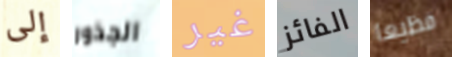
إلى الجذور غير الفائز فظيعا